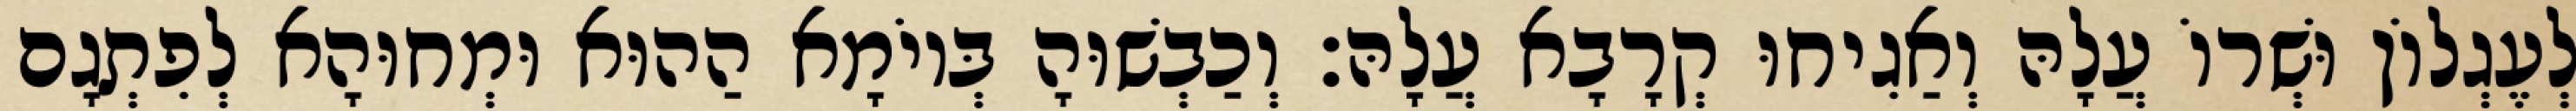
לְעֶגְלוֹן וּשְׁרוֹ עֲלָהּ וְאַגִיחוּ קְרָבָא עֲלָהּ׃ וְכַבְשׁוּהָ בְּיוֹמָא הַהוּא וּמְחוּהָא לְפִתְגָם